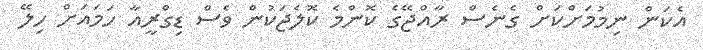
އެކަން ނިމުމަށްކަށް ގެނެސް ރާއްޖޭގެ ކޮންމެ ކޮލެޖަކުން ވެސް ޑިގްރީއާ ހަމައަށް ހިލޭ